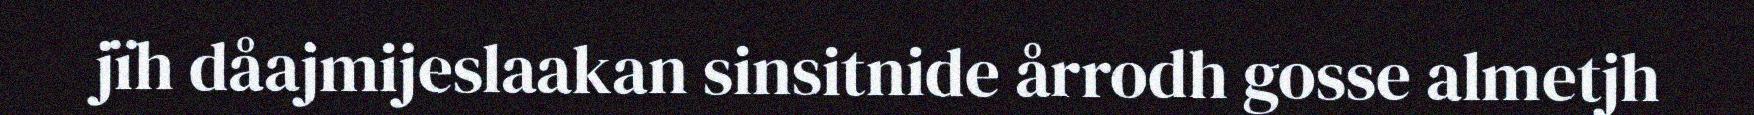
jïh dåajmijeslaakan sinsitnide årrodh gosse almetjh